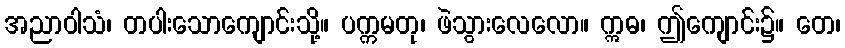
အညာဝါသံ၊ တပါးသောကျောင်းသို့။ ပက္ကမတု၊ ဖဲသွားလေလော။ ဣဓ၊ ဤကျောင်း၌။ တေ၊